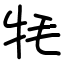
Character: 牦